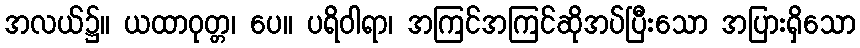
အလယ်၌။ ယထာဝုတ္တ၊ ပေ။ ပရိဝါရာ၊ အကြင်အကြင်ဆိုအပ်ပြီးသော အပြားရှိသော